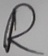
Text: R